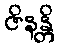
ဇိနန္တိ